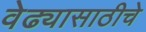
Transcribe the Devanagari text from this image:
वेढ्यासाठीचे